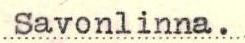
Savonlinna.